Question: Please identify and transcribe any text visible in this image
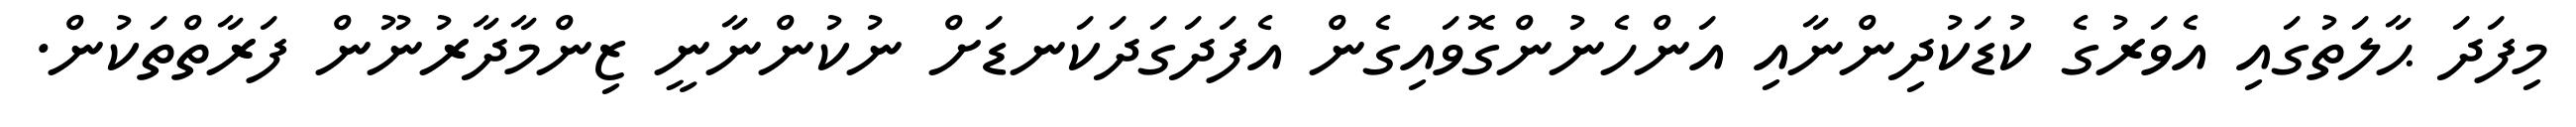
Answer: މިފަދަ ޙާލަތުގައި އެވަރުގެ ކުޑަކުދިންނާއި އަންހެނުންގޮވައިގެން އެފަދަގަދަކަނޑަށް ނުކުންނާނީ ޒިންމާދާރުނޫން ފަރާތްތަކުން.